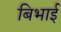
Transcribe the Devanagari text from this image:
बिभाई